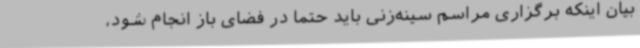
بیان اینکه برگزاری مراسم سینه‌زنی باید حتماً در فضای باز انجام شود،